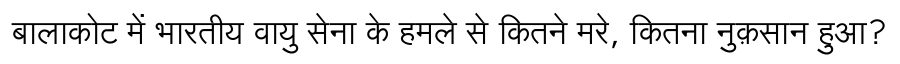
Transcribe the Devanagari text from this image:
बालाकोट में भारतीय वायु सेना के हमले से कितने मरे, कितना नुक़सान हुआ?